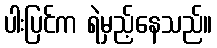
ပါးပြင်က ရဲမှည့်နေသည်။